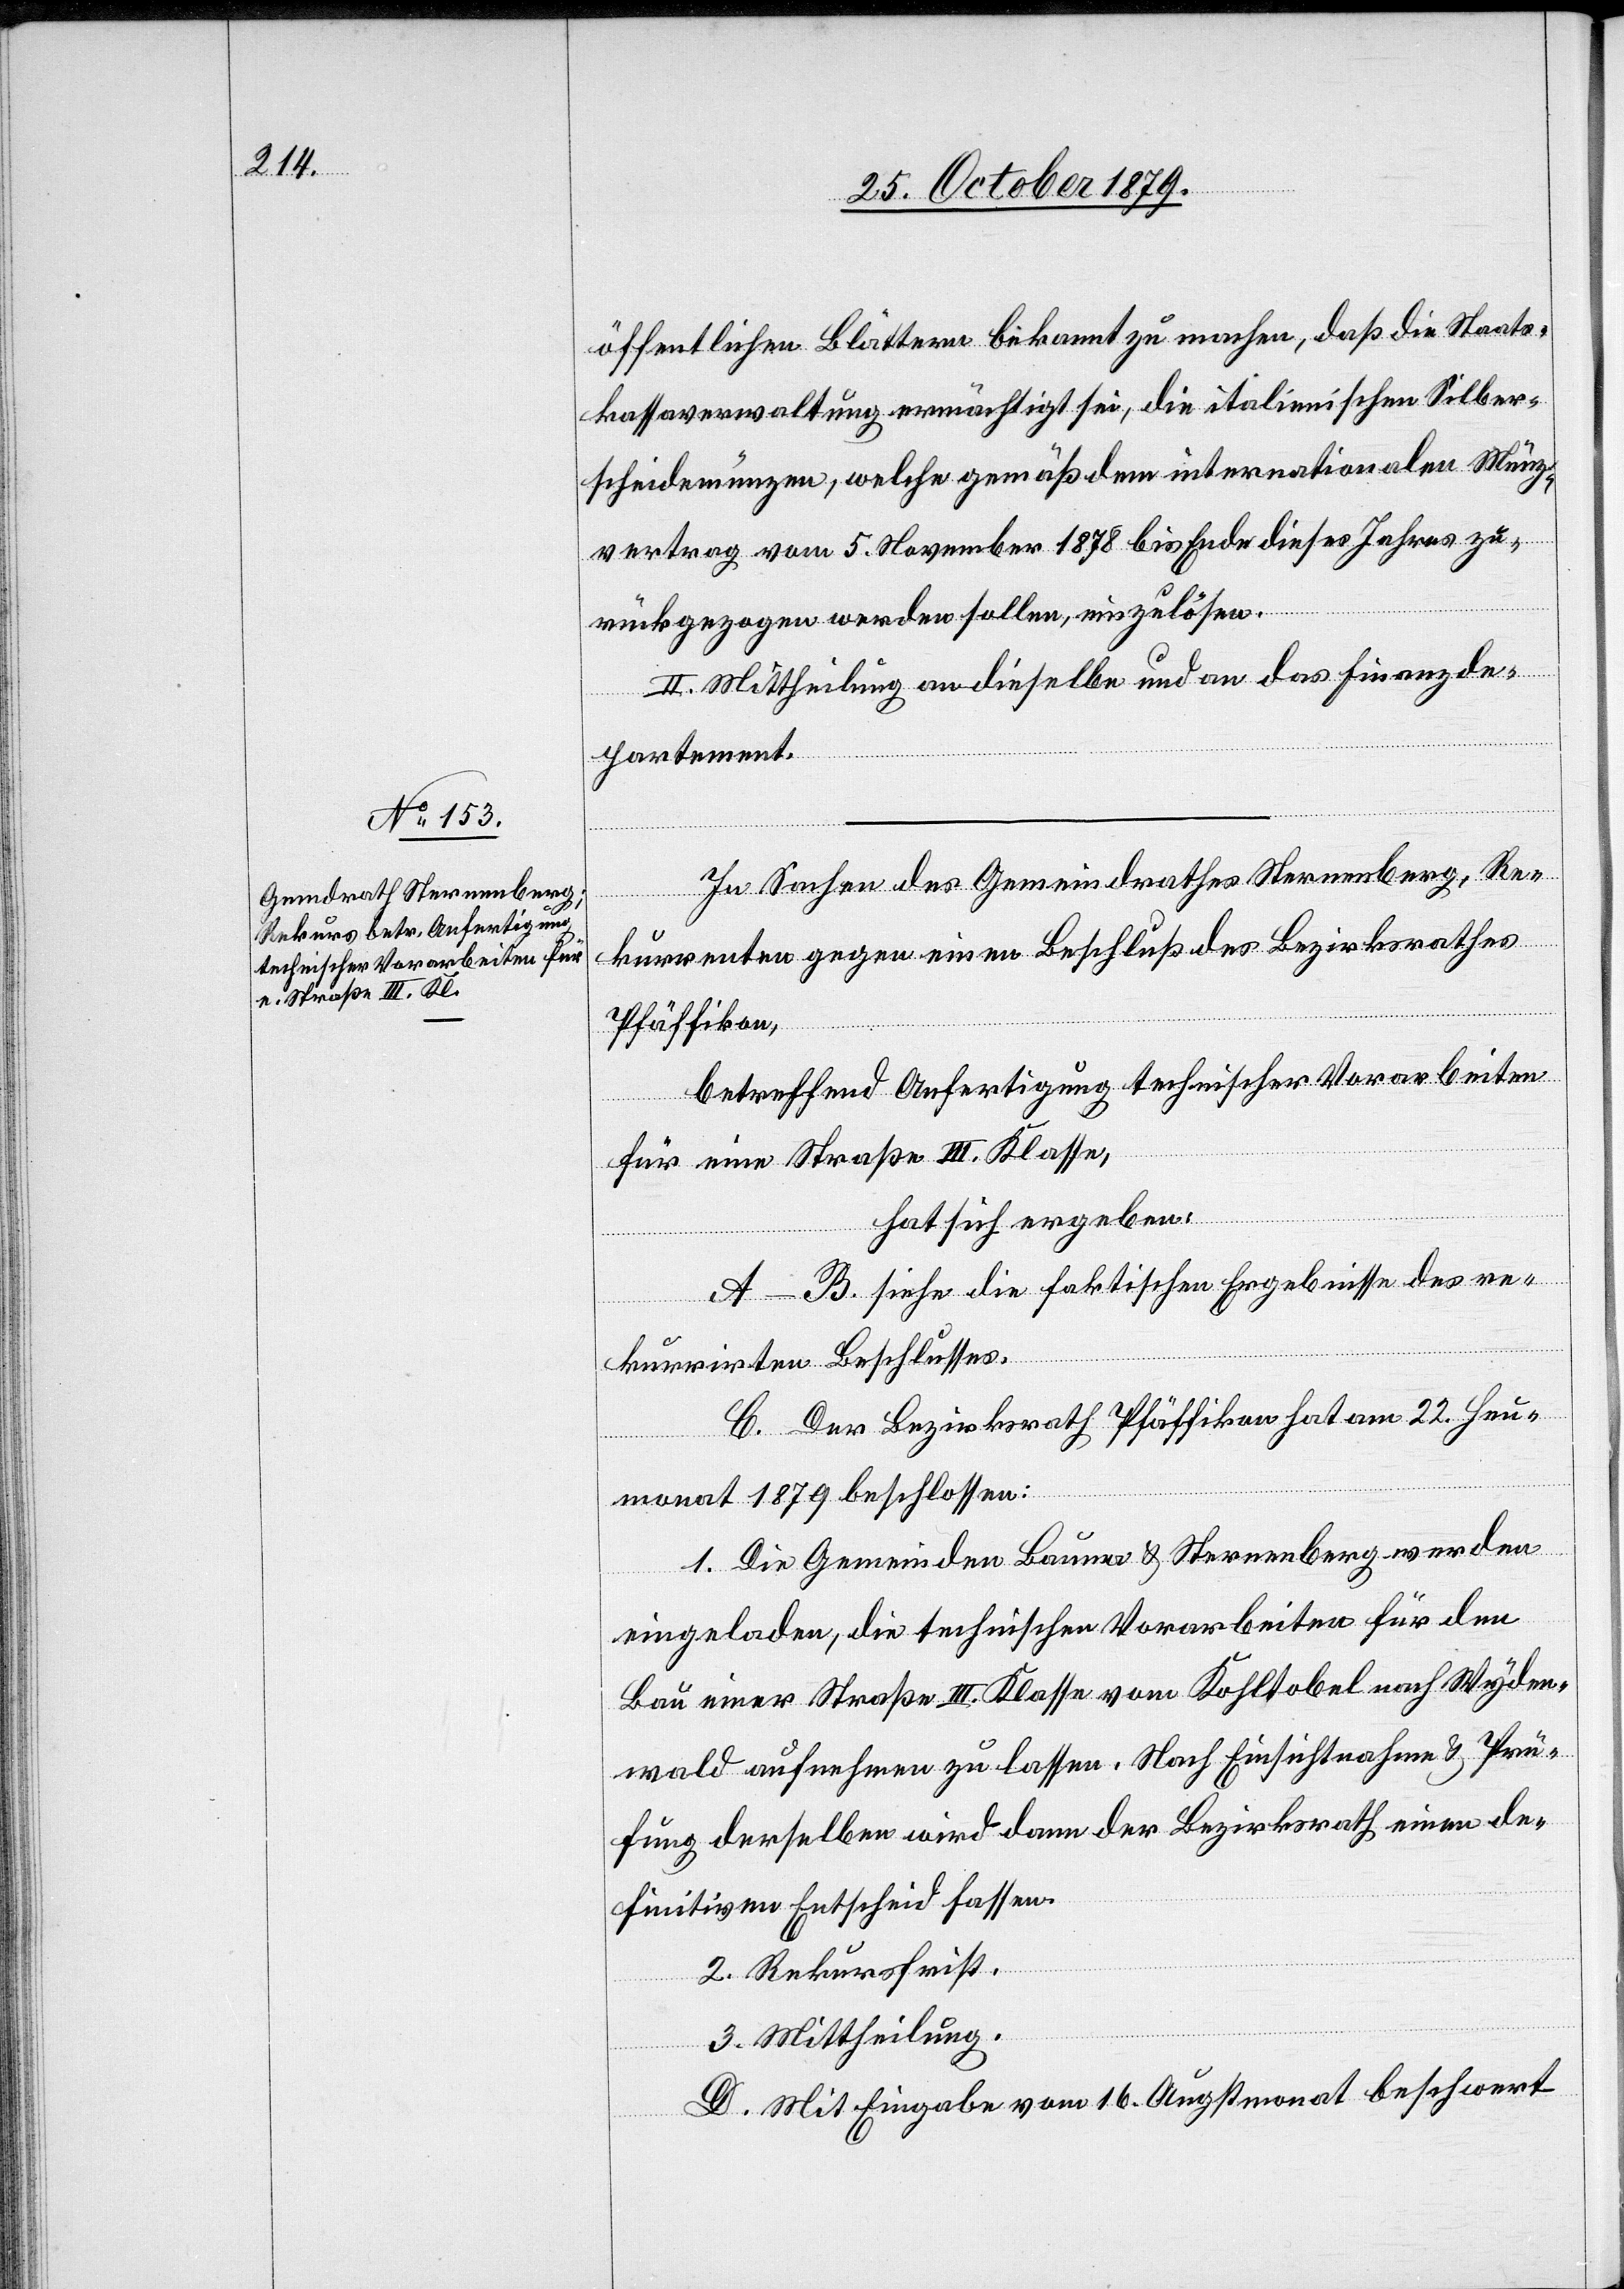
öffentlichen Blättern bekannt zu machen, daß die Staats¬
kassaverwaltung ermächtigt sei, die italienischen Silber¬
scheidemünzen, welche gemäß dem internationalen Münz¬
vertrag vom 5. September 1878 bis Ende dieses Jahres zu¬
rückgezogen werden sollen, einzulösen.
II. Mittheilung an dieselbe und an das Finanzde¬
partement.
In Sachen des Gemeindrathes Sternenberg, Re¬
kurrenten gegen einen Beschluß des Bezirksrathes
Pfäffikon,
betreffend Anfertigung technischer Vorarbeiten
für eine Straße III. Klasse,
hat sich ergeben:
A–B. Siehe die faktischen Ergebnisse des re¬
kurrirten Beschlusses.
C. Der Bezirksrath Pfäffikon hat am 22. Heu¬
monat 1879 beschlossen:
1. Die Gemeinden Bauma & Sternenberg werden
eingeladen, die technischen Vorarbeiten für den
Bau einer Straße III. Klasse vom Kohltobel nach Wyden¬
wald aufnehmen zu lassen. Nach Einsichtnahme & Prü¬
fung derselben wird dann der Bezirksrath einen de¬
finitiven Entscheid fassen.
2. Rekursfrist.
3. Mittheilung.
D. Mit Eingabe vom 16. Augstmonat beschwert